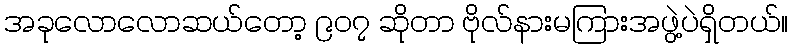
အခုလောလောဆယ်တော့ ၉၀၇ ဆိုတာ ဗိုလ်နားမကြားအဖွဲ့ပဲရှိတယ်။